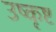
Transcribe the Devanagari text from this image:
उष्कृष्ट